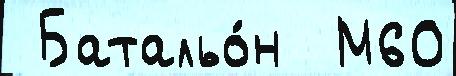
 Батальо́н  М60